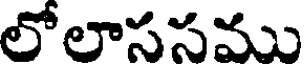
లోలాససము